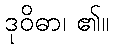
ဒုဝိဓာ၊ ၏။